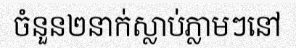
ចំនួន២នាក់ស្លាប់ភ្លាមៗនៅ